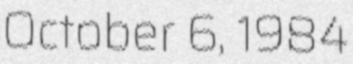
October 6, 1984